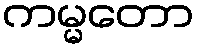
ကမ္မတော